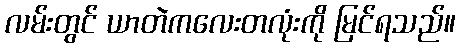
လမ်းတွင် ယာတဲကလေးတလုံးကို မြင်ရသည်။